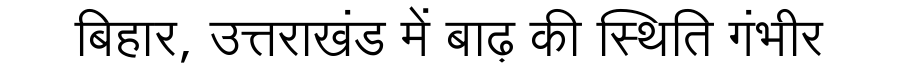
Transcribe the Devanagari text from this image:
बिहार, उत्तराखंड में बाढ़ की स्थिति गंभीर